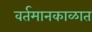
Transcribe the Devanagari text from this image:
वर्तमानकाळात